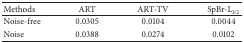
<table><thead><tr><td><b>Methods</b></td><td><b>ART</b></td><td><b>ART-TV</b></td><td><b>SpBr-L<sub>1/2</sub></b></td></tr></thead><tbody><tr><td>Noise-free</td><td>0.0305</td><td>0.0104</td><td>0.0044</td></tr><tr><td>Noise</td><td>0.0388</td><td>0.0274</td><td>0.0102</td></tr></tbody></table>